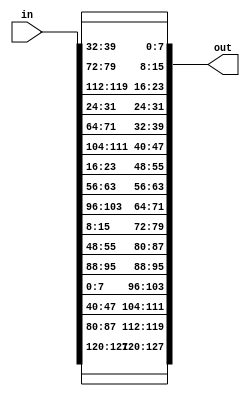
`timescale 1ns / 1ps
//////////////////////////////////////////////////////////////////////////////////
// Company: 
// Engineer: 
// 
// Design Name: 
// Module Name: shiftrows
// Project Name: 
// Target Devices: 
// Tool Versions: 
// Description: 
// 
// Dependencies: 
// 
// Revision:
// Revision 0.01 - File Created
// Additional Comments:
// 
//////////////////////////////////////////////////////////////////////////////////


module shiftrows(
    input [127:0] in,
    output reg [127:0] out
    );
    
    always@(*)
        begin
                begin  
                    out[127:120] <= in[127:120];  
                    out[119:112] <= in[87:80];
                    out[111:104] <= in[47:40];
                    out[103:96] <= in[7:0];
                    out[95:88] <= in[95:88];
                    out[87:80] <= in[55:48];
                    out[79:72] <= in[15:8];
                    out[71:64] <= in[103:96];
                    out[63:56] <= in[63:56];
                    out[55:48] <= in[23:16];
                    out[47:40] <= in[111:104];
                    out[39:32] <= in[71:64];       
                    out[31:24] <= in[31:24];
                    out[23:16] <= in[119:112];
                    out[15:8] <= in[79:72];
                    out[7:0] <= in[39:32];
                end
        end
        
endmodule